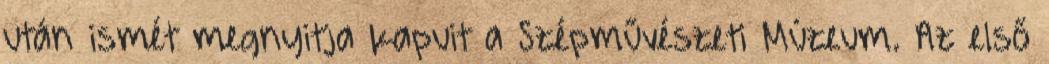
után ismét megnyitja kapuit a Szépművészeti Múzeum. Az első